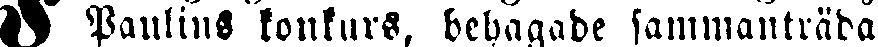
# Paulins konkurs, behagade sammanträda